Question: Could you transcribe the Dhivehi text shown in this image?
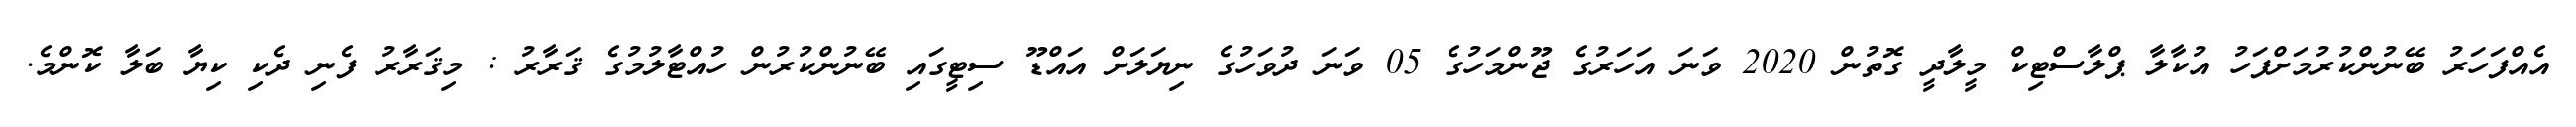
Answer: އެއްފަހަރު ބޭނުންކުރުމަށްފަހު އުކާލާ ޕްލާސްޓިކް މީލާދީ ގޮތުން 2020 ވަނަ އަހަރުގެ ޖޫންމަހުގެ 05 ވަނަ ދުވަހުގެ ނިޔަލަށް އައްޑޫ ސިޓީގައި ބޭނުންކުރުން ހުއްޓާލުމުގެ ޤަރާރު : މިޤަރާރު ފެނި ދެކި ކިޔާ ބަލާ ކޮންމެ.